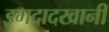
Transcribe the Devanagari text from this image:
इमदादखानी